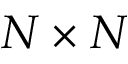
N \times N